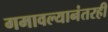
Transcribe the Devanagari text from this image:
गमावल्यानंतरही